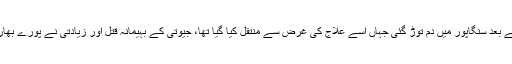
جیوتی چند دن اسپتال میں زندگی اور موت کی جنگ لڑنے کے بعد سنگاپور میں دم توڑ گئی جہاں اسے علاج کی غرض سے منتقل کیا گیا تھا، جیوتی کے بہیمانہ قتل اور زیادتی نے پورے بھارت میں آگ لگا دی اور ملک بھر میں پرتشدد مظاہرے ہوئے۔